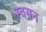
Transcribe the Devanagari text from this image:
स्वसन